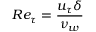
R e _ { \tau } = \frac { u _ { \tau } \delta } { \nu _ { w } }